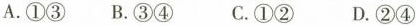
A.①③ B.③④ C.①② D.②④a